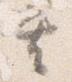
其